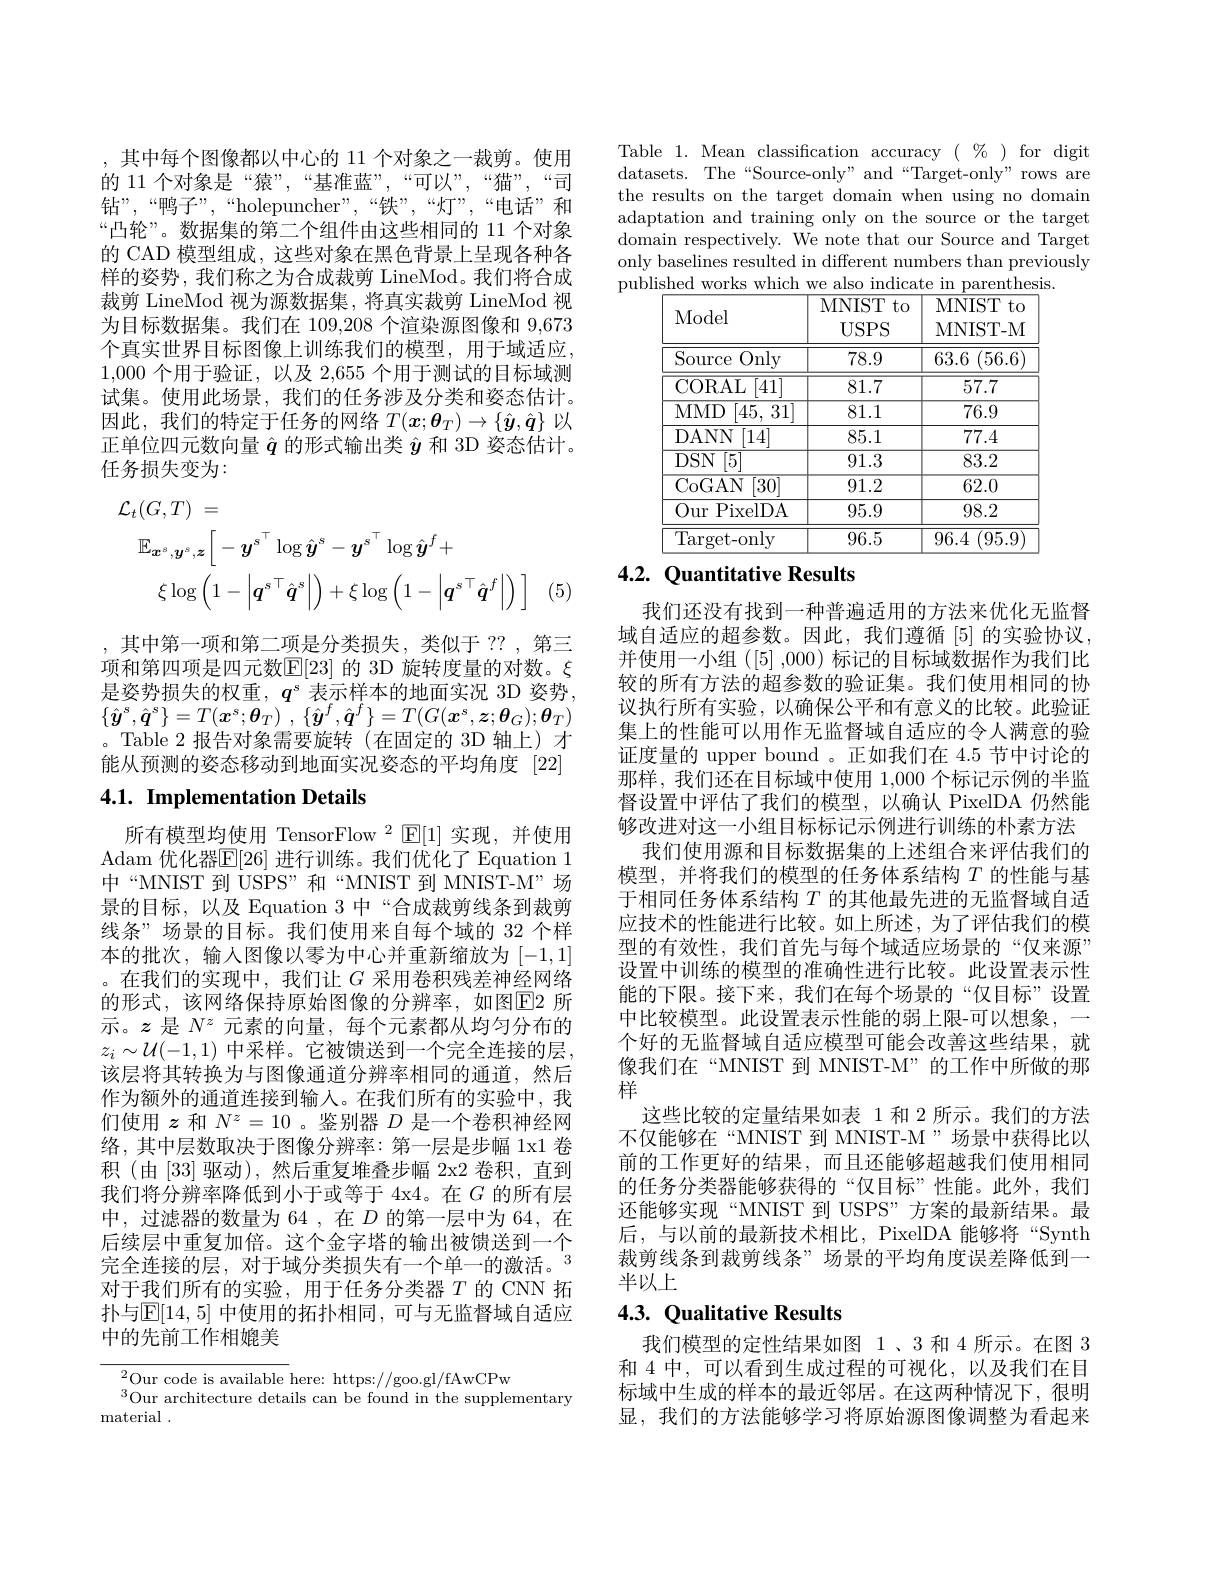
,其中每个图像都以中心的 11 个对象之一裁剪。使用的 11 个对象是“猿”,“基准蓝”,“可以”,“猫”,“司钻”,“鸭子”,“holepuncher”,“铁”,“灯”,“电话”和“凸轮”。数据集的第二个组件由这些相同的 11 个对象的 CAD 模型组成，这些对象在黑色背景上呈现各种各样的姿势，我们称之为合成裁剪 LineMod。我们将合成裁剪 LineMod 视为源数据集，将真实裁剪 LineMod 视为目标数据集。我们在 109,208 个渲染源图像和 9,673个真实世界目标图像上训练我们的模型，用于域适应， 1,000个用于验证，以及 2,655 个用于测试的目标域测试集。使用此场景，我们的任务涉及分类和姿态估计。因此，我们的特定于任务的网络$T(\boldsymbol{x};\boldsymbol{\theta}_T)\to\{\hat{\boldsymbol{y}},\hat{\boldsymbol{q}}\}$以正单位四元数向量$\hat{q}$的形式输出类$\hat{y}$和 3D 姿态估计。任务损失变为：
$$\begin{aligned}\mathcal{L}_{t}(G,T)\:=\\\mathbb{E}_{\boldsymbol{x}^{s},\boldsymbol{y}^{s},\boldsymbol{z}}\bigg[-\boldsymbol{y}^{s^{\top}}\log\hat{\boldsymbol{y}}^{s}-\boldsymbol{y}^{s^{\top}}\log\hat{\boldsymbol{y}}^{f}+\\\xi\log\left(1-\left|\boldsymbol{q}^{s\top}\hat{\boldsymbol{q}}^{s}\right|\right)+\xi\log\left(1-\left|\boldsymbol{q}^{s\top}\hat{\boldsymbol{q}}^{f}\right|\right)\:\bigg]\end{aligned}$$
(5

,其中第一项和第二项是分类损失，类似于 ??,第三项和第四项是四元数$\mathbb{E}[23]$ 的 3D 旋转度量的对数。$\xi$ 是姿势损失的权重，$q^\mathrm{s}$表示样本的地面实况 3D 姿势， $\{ \hat{\boldsymbol{y}} ^s, \hat{\boldsymbol{q}} ^s\} = T( \boldsymbol{x}^s; \boldsymbol{\theta }_T)$ , $\{ \hat{\boldsymbol{y}} ^f, \hat{\boldsymbol{q}} ^f\} = T( G( \boldsymbol{x}^s, \boldsymbol{z}; \boldsymbol{\theta }_G) ; \boldsymbol{\theta }_T)$ 。Table 2 报告对象需要旋转(在固定的 3D 轴上)才能从预测的姿态移动到地面实况姿态的平均角度 [22]

# 4.1. Implementation Details

所有模型均使用 TensorFlow $^2$ E[1]实现，并使用Adam 优化器$\mathbb{E}[26]$ 进行训练。我们优化了 Equation 1中“MNIST 到 USPS”和“MNIST 到 MNIST-M”场景的目标，以及 Equation 3 中“合成裁剪线条到裁剪线条”场景的目标。我们使用来自每个域的 32 个样本的批次，输人图像以零为中心并重新缩放为[-1,1] 。在我们的实现中，我们让$G$采用卷积残差神经网络的形式，该网络保持原始图像的分辨率，如图$\overline{\mathrm{E}}$2 所示。$z$是$N^z$元素的向量，每个元素都从均匀分布的$z_i\sim\mathcal{U}(-1,1)$ 中采样。它被馈送到一个完全连接的层， 该层将其转换为与图像通道分辨率相同的通道，然后作为额外的通道连接到输入。在我们所有的实验中，我们使用$z$和$N^z=10$ 。鉴别器$D$是一个卷积神经网络，其中层数取决于图像分辨率：第一层是步幅 1x1 卷积 (由 [33] 驱动),然后重复堆叠步幅 2x2 卷积，直到我们将分辨率降低到小于或等于 4x4。在$G$的所有层中，过滤器的数量为 64 ,在$D$的第一层中为 64,在后续层中重复加倍。这个金字塔的输出被馈送到一个完全连接的层，对于域分类损失有一个单一的激活。$^{3}$ 对于我们所有的实验，用于任务分类器$T$的 CNN 拓扑与$\mathbb{E}[14,5]$ 中使用的拓扑相同，可与无监督域自适应中的先前工作相媲美

${}^{2}$Our code is available here: https://goo.gl/fAwCPw
$^{3}$Our architecture details can be found in the supplementary
material .

Table 1. Mean classification accuracy $(\begin{array}{c}\%\end{array})$ for digit datasets. The“Source-only” and“Target-only" rows are the results on the target domain when using no domaim adaptation and training only on the source or the target domain respectively. We note that our Source and Target only baselines resulted in different numbers than previously published works which we also indicate in parenthesis

<table>
	<tbody>
		<tr>
			<th>Model</th>
			<th>MNIST to $USPS$</th>
			<th>MNIST to MNIST- M</th>
		</tr>
		<tr>
			<td>Only Source</td>
			<td>78.9</td>
			<td>63.6 $6~(56.6]$</td>
		</tr>
		<tr>
			<td>CORAL [41]</td>
			<td>81.7</td>
			<td>57.7</td>
		</tr>
		<tr>
			<td>$MMD$ [45, 31]</td>
			<td>81.1</td>
			<td>76.9</td>
		</tr>
		<tr>
			<td>[14] DANN</td>
			<td>85.1</td>
			<td>77.4</td>
		</tr>
		<tr>
			<td>$DSN$ [5]</td>
			<td>91.3</td>
			<td>83.2</td>
		</tr>
		<tr>
			<td>CoGAN $\overline{[30]}$</td>
			<td>91.2</td>
			<td>62.0</td>
		</tr>
		<tr>
			<td>Our PixelDA</td>
			<td>95.9</td>
			<td>98.2</td>
		</tr>
		<tr>
			<td>$\operatorname{Target-only}$</td>
			<td>96.5</td>
			<td>96.4 (95.9</td>
		</tr>
	</tbody>
</table>

# 4.2. Quantitative Results

我们还没有找到一种普遍适用的方法来优化无监督域自适应的超参数。因此，我们遵循[5]的实验协议并使用一小组([5],000) 标记的目标域数据作为我们比较的所有方法的超参数的验证集。我们使用相同的协议执行所有实验，以确保公平和有意义的比较。此验证集上的性能可以用作无监督域自适应的令人满意的验证度量的 upper bound 。正如我们在 4.5 节中讨论的那样，我们还在目标域中使用 1,000 个标记示例的半监督设置中评估了我们的模型，以确认 PixelDA 仍然能够改进对这一小组目标标记示例进行训练的朴素方法
我们使用源和目标数据集的上述组合来评估我们的模型，并将我们的模型的任务体系结构$T$的性能与基于相同任务体系结构$T$的其他最先进的无监督域自适应技术的性能进行比较。如上所述，为了评估我们的模型的有效性，我们首先与每个域适应场景的“仅来源” 设置中训练的模型的准确性进行比较。此设置表示性能的下限。接下来，我们在每个场景的“仅目标”设置中比较模型。此设置表示性能的弱上限-可以想象，一个好的无监督域自适应模型可能会改善这些结果，就像我们在“MNIST 到 MNIST-M”的工作中所做的那样
这些比较的定量结果如表 1 和 2 所示。我们的方法不仅能够在“MNIST 到 MNIST-M”场景中获得比以前的工作更好的结果，而且还能够超越我们使用相同的任务分类器能够获得的“仅目标”性能。此外，我们还能够实现“MNIST 到 USPS”方案的最新结果。最后，与以前的最新技术相比，PixelDA 能够将“Synth 裁剪线条到裁剪线条”场景的平均角度误差降低到一半以上

# 4.3. Qualitative Results

我们模型的定性结果如图 1、3 和 4 所示。在图 3和 4 中，可以看到生成过程的可视化，以及我们在目标域中生成的样本的最近邻居。在这两种情况下，很明显，我们的方法能够学习将原始源图像调整为看起来